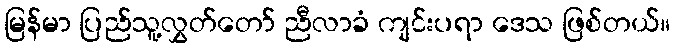
မြန်မာ ပြည်သူ့လွှတ်တော် ညီလာခံ ကျင်းပရာ ဒေသ ဖြစ်တယ်။